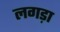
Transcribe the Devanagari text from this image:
लगड़ा